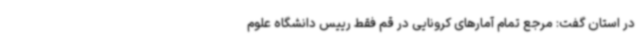
در استان گفت: مرجع تمام آمارهای کرونایی در قم فقط رییس دانشگاه علوم